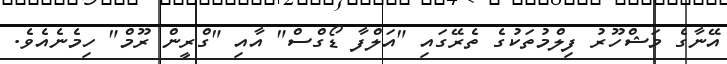
އޭނާގެ މަޝްހޫރު ފިލްމުތަކުގެ ތެރޭގައި "އަލްފާ ޑޯގްސް" އާއި "ގްރީން ރޫމް" ހިމެނެއެވެ.